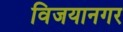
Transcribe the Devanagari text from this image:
विजयानगर